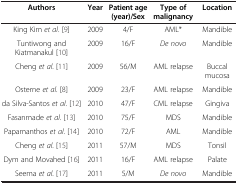
| Authors | Year | Patient age (year)/Sex | Type of malignancy | Location |
 | --- | --- | --- | --- | --- |
 | King Kim et al. [9] | 2009 | 4/F | AML* | Mandible |
 | Tuntiwong and Kiatmanakul [10] | 2009 | 16/F | De novo | Mandible |
 | Cheng et al. [11] | 2009 | 56/M | AML relapse | Buccal mucosa |
 | Osterne et al. [8] | 2009 | 23/F | AML relapse | Mandible |
 | da Silva-Santos et al. [12] | 2010 | 47/F | CML relapse | Gingiva |
 | Fasanmade et al. [13] | 2010 | 75/F | MDS | Mandible |
 | Papamanthos et al. [14] | 2010 | 72/F | AML | Mandible |
 | Cheng et al. [15] | 2011 | 57/M | MDS | Tonsil |
 | Dym and Movahed [16] | 2011 | 16/F | AML relapse | Palate |
 | Seema et al. [17] | 2011 | 5/M | De novo | Mandible |